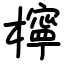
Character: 檸